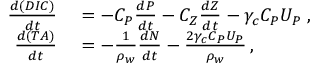
\begin{array} { r l } { \frac { d ( D I C ) } { d t } } & { { } = - C _ { P } \frac { d P } { d t } - C _ { Z } \frac { d Z } { d t } - \gamma _ { c } C _ { P } U _ { P } \; , } \\ { \frac { d ( T A ) } { d t } } & { { } = - \frac { 1 } { \rho _ { w } } \frac { d N } { d t } - \frac { 2 \gamma _ { c } C _ { P } U _ { P } } { \rho _ { w } } \, , } \end{array}